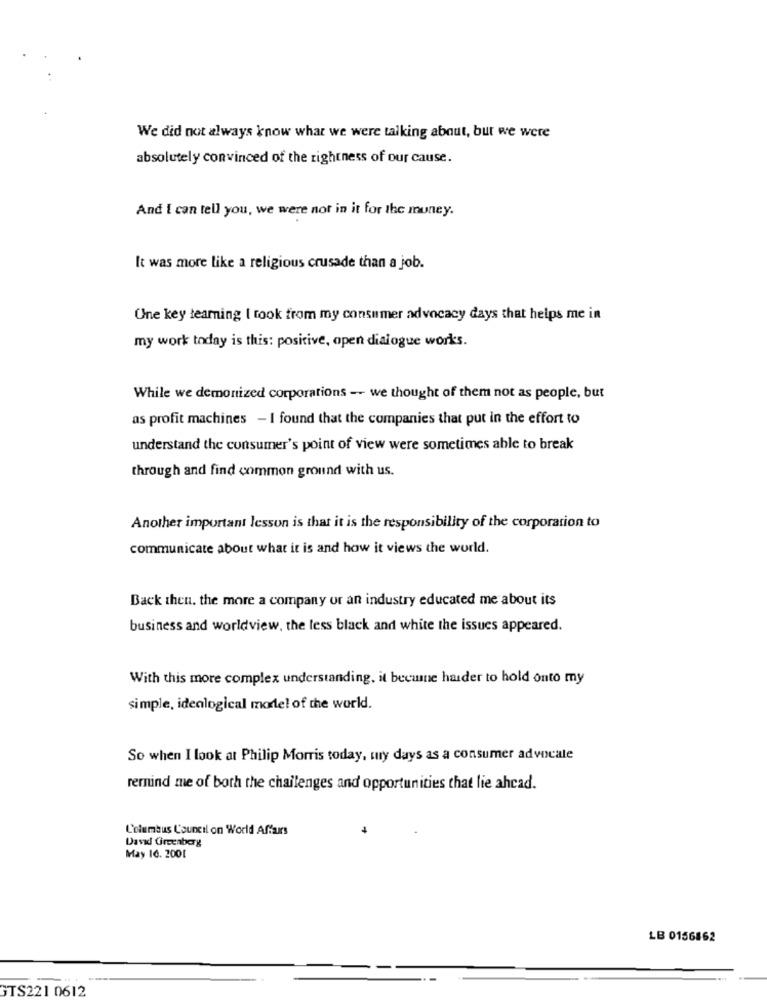
We did not always know what we were talking about, but we were
absolutely convinced of the rightness of our cause.
And I can tell you, we were not in it for the money.
It was more like a religious crusade than a job.
Une key learning I took from my consumer advocacy days that helps me in
my work today is this: positive, open dialogue works.
While we demonized corporations -- we thought of them not as people, but
as profit machines - I found that the companies that put in the effort to
understand the consumer's point of view were sometimes able to break
through and find common ground with us.
Another important lesson is that it is the responsibility of the corporation to
communicate about what it is and how it views the world.
Back then, the more a company ur an industry educated me about its
business and worldview, the less black and white the issues appeared.
With this more complex understanding, it became harder to hold onto my
simple, ideological model of the world.
So when I look at Philip Morris today, my days as a consumer advocate
remind me of both the challenges and opportunities that lie ahead.
Columbus Council on World Affairs
David Greenberg
May 16. 2001
LB 0156862
GTS221 0612